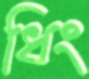
ধিং